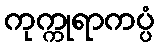
ကုက္ကုရာကပ္ပံ